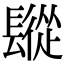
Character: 𨲧